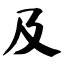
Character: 及